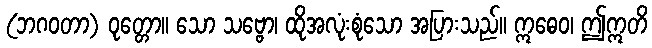
(ဘဂဝတာ) ဝုတ္တော။ သော သဗ္ဗော၊ ထိုအလုံးစုံသော အပြားသည်။ ဣဓေဝ၊ ဤဣတိ